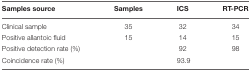
<table><thead><tr><td><b>Samples source</b></td><td><b>Samples</b></td><td><b>ICS</b></td><td><b>RT-PCR</b></td></tr></thead><tbody><tr><td>Clinical sample</td><td>35</td><td>32</td><td>34</td></tr><tr><td>Positive allantoic fluid</td><td>15</td><td>14</td><td>15</td></tr><tr><td>Positive detection rate (%)</td><td></td><td>92</td><td>98</td></tr><tr><td>Coincidence rate (%)</td><td></td><td>93.9</td><td></td></tr></tbody></table>